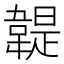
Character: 䪘